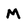
Character: M